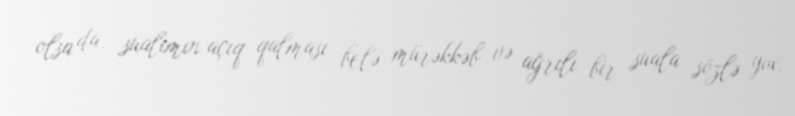
olsa da, sualımın açıq qalması belə mürəkkəb və ağrılı bir suala sözlə yox,